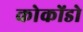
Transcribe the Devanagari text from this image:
कोकोंडो